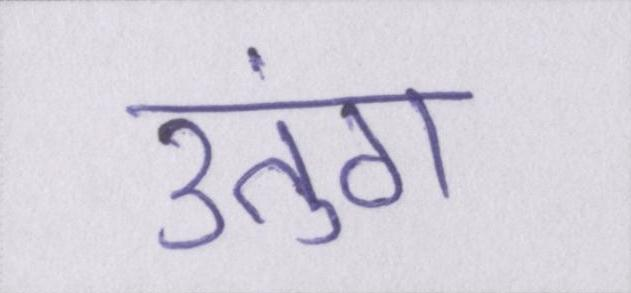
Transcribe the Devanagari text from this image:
उतुंग